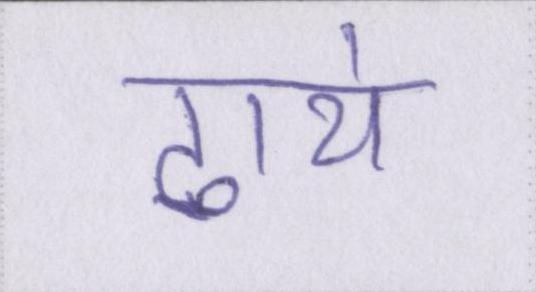
ढाये